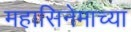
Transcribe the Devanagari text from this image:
महासिनेमाच्या